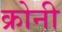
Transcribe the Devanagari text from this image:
क्रोनी